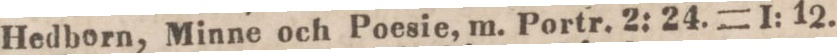
Hedborn, Minne och Poesie, m. Portr. 2: 24. = 1: 12.